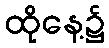
ထိုနေ့၌